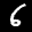
Label: 6